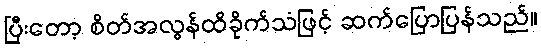
ပြီးတော့ စိတ်အလွန်ထိခိုက်သံဖြင့် ဆက်ပြောပြန်သည်။